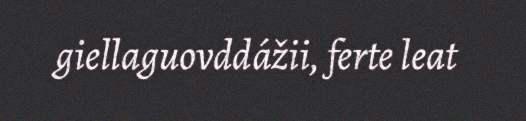
giellaguovddážii, ferte leat